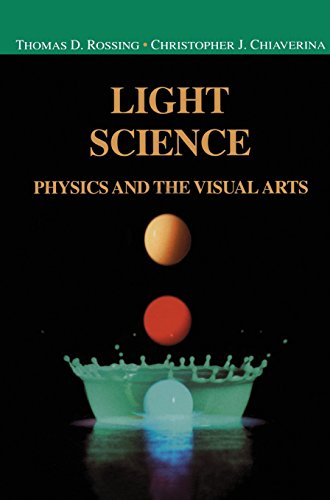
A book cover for Light Science: Physics and the Visual Arts (Undergraduate Texts in Contemporary Physics); Thomas Rossing; Science & Math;